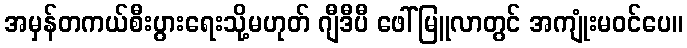
အမှန်တကယ်စီးပွားရေးသို့မဟုတ် ဂျီဒီပီ ဖေါ်မြူလာတွင် အကျုံးမဝင်ပေ။